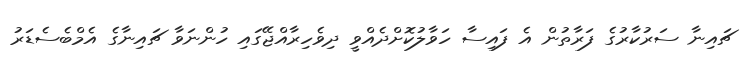
ޗައިނާ ސަރުކާރުގެ ފަރާތުން އެ ފައިސާ ހަވާލުކޮށްދެއްވީ ދިވެހިރާއްޖޭގައި ހުންނަވާ ޗައިނާގެ އެމްބެސެޑަރު